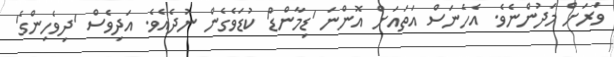
ވަރަށް މަދުންނެވެ. އެހެނަސް އަތައަށް އޮންނަ 'ޑިމާންޑް' ކުޑަވެގެން ނުދެއެވެ. އަދިވެސް 'ދިވެހިންގެ'